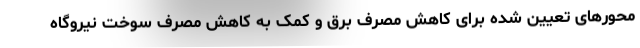
محورهای تعیین شده برای کاهش مصرف برق و کمک به کاهش مصرف سوخت نیروگاه